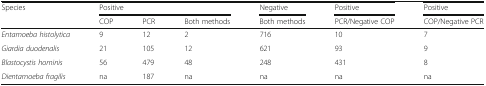
<table><thead><tr><td rowspan="2"><b>Species</b></td><td colspan="3"><b>Positive</b></td><td><b>Negative</b></td><td><b>Positive </b></td><td><b>Positive </b></td></tr><tr><td><b>COP</b></td><td><b>PCR</b></td><td><b>Both methods</b></td><td><b>Both methods</b></td><td><b>PCR/Negative COP</b></td><td><b>COP/Negative PCR</b></td></tr></thead><tbody><tr><td><i>Entamoeba histolytica</i></td><td>9</td><td>12</td><td>2</td><td>716</td><td>10</td><td>7</td></tr><tr><td><i>Giardia duodenalis</i></td><td>21</td><td>105</td><td>12</td><td>621</td><td>93</td><td>9</td></tr><tr><td><i>Blastocystis hominis</i></td><td>56</td><td>479</td><td>48</td><td>248</td><td>431</td><td>8</td></tr><tr><td><i>Dientamoeba fragilis</i></td><td>na</td><td>187</td><td>na</td><td>na</td><td>na</td><td>na</td></tr></tbody></table>